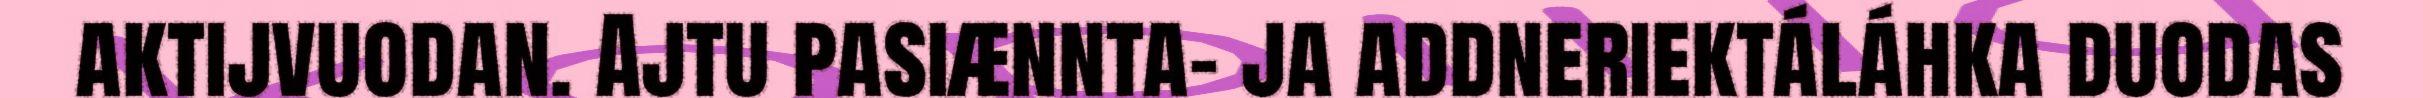
aktijvuodan. Ajtu pasiænnta- ja addneriektáláhka duodas